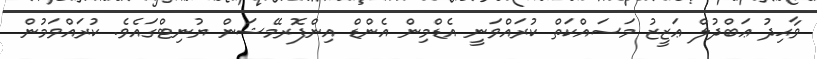
ވާޙިދު ޢަބްދުލް ޢަޒީޒު މަސައްކަތް ކުރައްވަނީ އެޑްމިން އެންޑް އިންފޮރމޭޝަން ޔުނިޓްގައެވެ. ކުރައްވަމުން